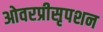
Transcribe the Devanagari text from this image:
ओवरप्रीसृपशन